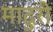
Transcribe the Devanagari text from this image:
मादुरी